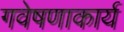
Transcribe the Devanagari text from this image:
गवेषणाकार्य